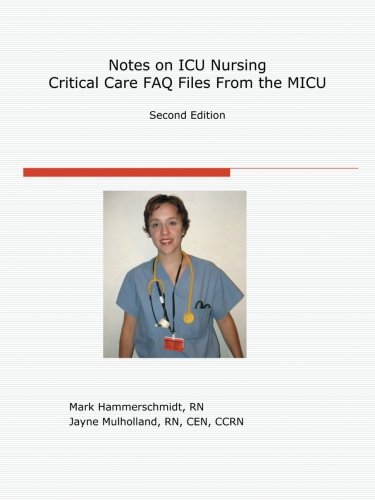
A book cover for Notes on ICU Nursing: FAQ Files from the MICU: Second Edition; Mark Hammerschmidt RN; Medical Books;